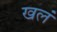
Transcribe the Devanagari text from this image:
खलं